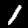
Digit: 1